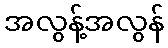
အလွန့်အလွန်